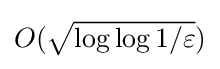
{\textstyle O({\sqrt {\log \log 1/\varepsilon }})}